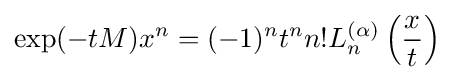
\exp(-tM)x^{n}=(-1)^{n}t^{n}n!L_{n}^{(\alpha )}\left({\frac {x}{t}}\right)